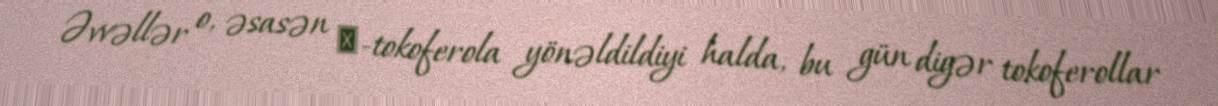
Əvvəllər o, əsasən α-tokoferola yönəldildiyi halda, bu gün digər tokoferollar